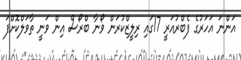
އަންނަ އަހަރުގެ ފެބްރުއަރީ 17ގައި ރިލީޒްކުރަން ވޯނާ ބްރޯސް އިން ވަނީ ތާވަލްކޮށްފަ